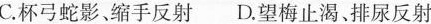
C.杯弓蛇影、缩手反射 D.望梅止渴、排尿反射